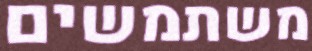
משתמשים